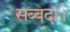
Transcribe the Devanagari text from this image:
सब्बदा।